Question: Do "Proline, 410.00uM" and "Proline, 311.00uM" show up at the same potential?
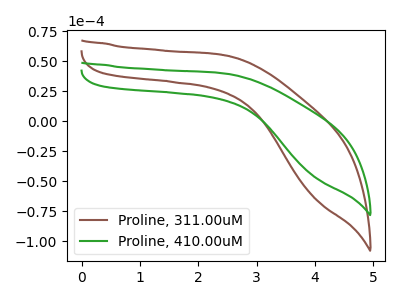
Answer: <think>The brown curve "Proline, 311.00uM" has no peaks. The green curve "Proline, 410.00uM" has no peaks.
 Neither "Proline, 410.00uM" or "Proline, 311.00uM" have any peaks.</think>
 <answer>"Proline, 410.00uM" and "Proline, 311.00uM" are similar in shape.</answer>
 <eval>same_shape</eval>